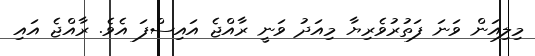
މިލިއަން ވަނަ ފަތުރުވެރިޔާ މިއަދު ވަނީ ރާއްޖެ އައިސްފަ އެވެ. ރާއްޖެ އައި